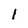
Character: l